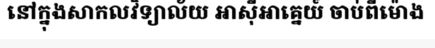
នៅក្នុងសាកលវិទ្យាល័យ អាស៊ីអាគ្នេយ៍ ចាប់ពីម៉ោង